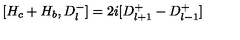
[ H _ { c } + H _ { b } , D _ { l } ^ { - } ] = 2 i [ D _ { l + 1 } ^ { + } - D _ { l - 1 } ^ { + } ]